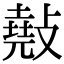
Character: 𢿣